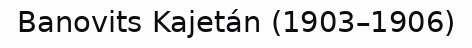
Banovits Kajetán (1903–1906)